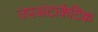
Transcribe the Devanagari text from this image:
उपअंटार्कटिक